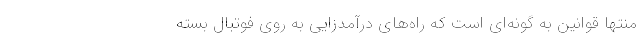
منتها قوانین به گونه‌ای است که راه‌های درآمدزایی به روی فوتبال بسته